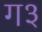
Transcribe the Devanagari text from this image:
ग३